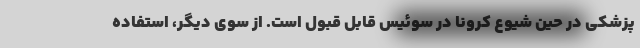
پزشکی در حین شیوع کرونا در سوئیس قابل قبول است. از سوی دیگر، استفاده